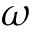
\omega